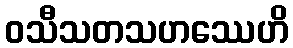
ဝသီသတသဟဿေဟိ